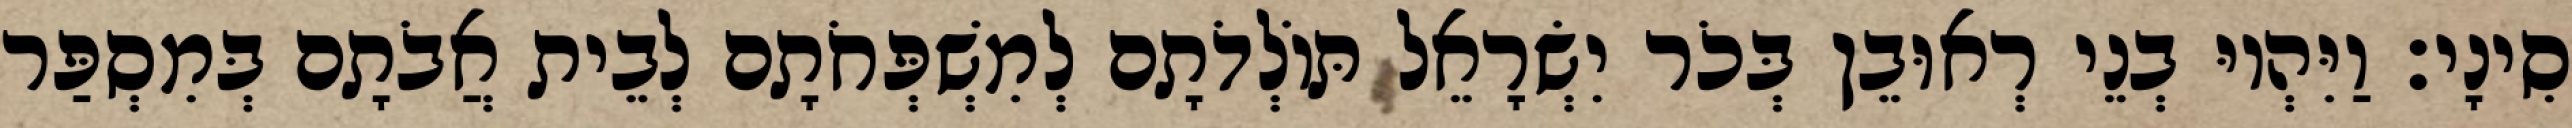
סִינָי׃ וַיִּהְיוּ בְנֵי רְאוּבֵן בְּכֹר יִשְׂרָאֵל תּוֹלְדֹתָם לְמִשְׁפְּחֹתָם לְבֵית אֲבֹתָם בְּמִסְפַּר